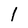
Character: 1